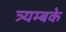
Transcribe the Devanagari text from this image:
त्र्यम्बके